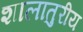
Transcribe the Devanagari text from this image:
शालातुरीय